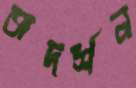
অদর্শন